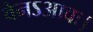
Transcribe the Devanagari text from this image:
वेनऽआवः।